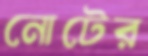
নোটের